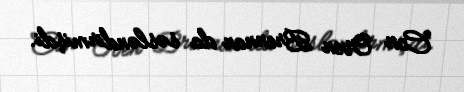
Con Oven Brennan da səsləndirmişdi.